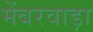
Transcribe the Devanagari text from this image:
मेंबरवाड़ा